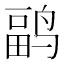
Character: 𱊏